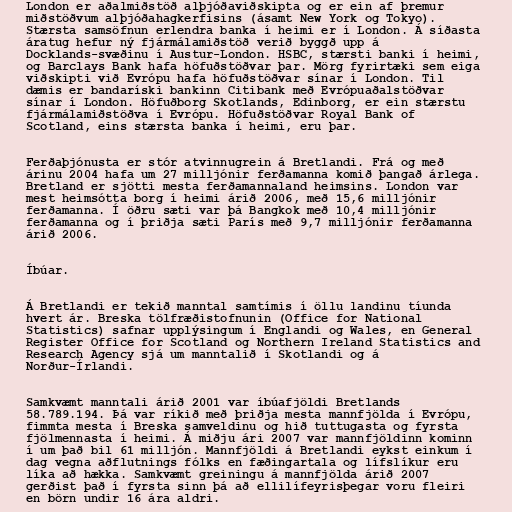
London er aðalmiðstöð alþjóðaviðskipta og er ein af þremur
miðstöðvum alþjóðahagkerfisins (ásamt New York og Tokyo).
Stærsta samsöfnun erlendra banka í heimi er í London. Á síðasta
áratug hefur ný fjármálamiðstöð verið byggð upp á
Docklands-svæðinu í Austur-London. HSBC, stærsti banki í heimi,
og Barclays Bank hafa höfuðstöðvar þar. Mörg fyrirtæki sem eiga
viðskipti við Evrópu hafa höfuðstöðvar sínar í London. Til
dæmis er bandaríski bankinn Citibank með Evrópuaðalstöðvar
sínar í London. Höfuðborg Skotlands, Edinborg, er ein stærstu
fjármálamiðstöðva í Evrópu. Höfuðstöðvar Royal Bank of
Scotland, eins stærsta banka í heimi, eru þar.

Ferðaþjónusta er stór atvinnugrein á Bretlandi. Frá og með
árinu 2004 hafa um 27 milljónir ferðamanna komið þangað árlega.
Bretland er sjötti mesta ferðamannaland heimsins. London var
mest heimsótta borg í heimi árið 2006, með 15,6 milljónir
ferðamanna. Í öðru sæti var þá Bangkok með 10,4 milljónir
ferðamanna og í þriðja sæti París með 9,7 milljónir ferðamanna
árið 2006.

Íbúar.

Á Bretlandi er tekið manntal samtímis í öllu landinu tíunda
hvert ár. Breska tölfræðistofnunin (Office for National
Statistics) safnar upplýsingum í Englandi og Wales, en General
Register Office for Scotland og Northern Ireland Statistics and
Research Agency sjá um manntalið í Skotlandi og á
Norður-Írlandi.

Samkvæmt manntali árið 2001 var íbúafjöldi Bretlands
58.789.194. Þá var ríkið með þriðja mesta mannfjölda í Evrópu,
fimmta mesta í Breska samveldinu og hið tuttugasta og fyrsta
fjölmennasta í heimi. Á miðju ári 2007 var mannfjöldinn kominn
í um það bil 61 milljón. Mannfjöldi á Bretlandi eykst einkum í
dag vegna aðflutnings fólks en fæðingartala og lífslíkur eru
líka að hækka. Samkvæmt greiningu á mannfjölda árið 2007
gerðist það í fyrsta sinn þá að ellilífeyrisþegar voru fleiri
en börn undir 16 ára aldri.